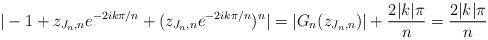
LaTeX: \begin{align*}|-1 + z_{J_n ,n} e^{- 2 i k \pi/n}+ (z_{J_n ,n} e^{- 2 i k \pi/n})^n|=|G_{n}(z_{J_n ,n})| + \frac{2 |k| \pi}{n} = \frac{2 |k| \pi}{n}\end{align*}